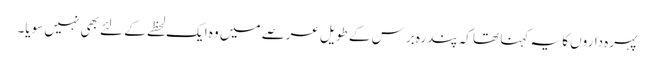
پہرہ داروں کا یہ کہنا تھا کہ پندرہ برس کے طویل عرصے میں وہ ایک لحظے کے لئے بھی نہیں سویا۔